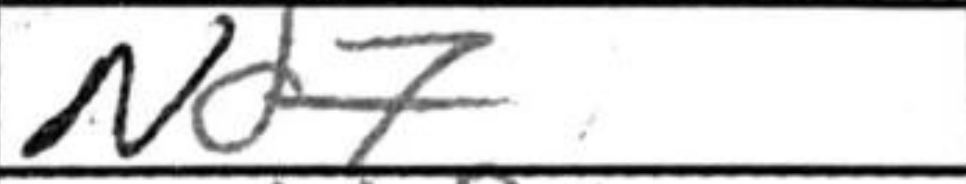
Transcription: Nd7